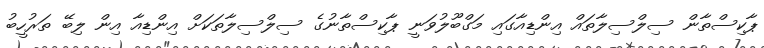
ޕާކިސްތާން ސިލްސިލާތައް އިންޑިއާގައި މަގްބޫލުވަނީ ޕާކިސްތާނުގެ ސިލްސިލާތަކަށް އިންޑިއާ އިން ލިބޭ ތަރުހީބު